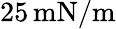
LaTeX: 25\, \mathrm{mN}/\mathrm{m}